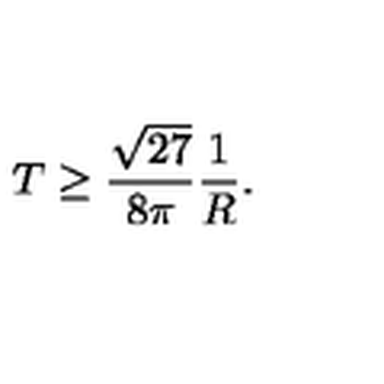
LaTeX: T \geq \frac { \sqrt { 2 7 } } { 8 \pi } \frac { 1 } { R } .